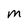
Character: M